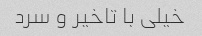
خیلی با تاخیر و سرد